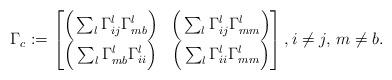
LaTeX: \begin{align*} \Gamma_c:=\begin{bmatrix} \Big(\sum_l\Gamma_{ij}^l\Gamma_{mb}^l\Big) &\Big(\sum_l\Gamma_{ij}^l\Gamma_{mm}^l\Big)\\ \Big(\sum_l\Gamma_{mb}^l\Gamma_{ii}^l\Big) &\Big(\sum_l\Gamma_{ii}^l\Gamma_{mm}^l\Big) \end{bmatrix}, i\neq j, \, m\neq b.\end{align*}